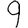
Digit: 9